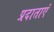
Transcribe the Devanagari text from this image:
प्रदाताएं